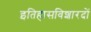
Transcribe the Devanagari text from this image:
इतिहासविशारदों